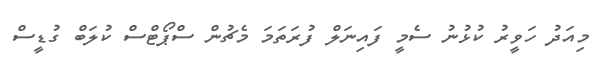
މިއަދު ހަވީރު ކުޅުނު ސެމީ ފައިނަލް ފުރަތަމަ މެޗުން ސްޕޯޓްސް ކުލަބް ގުޑީސް